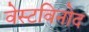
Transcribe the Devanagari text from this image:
वेस्टविनोद